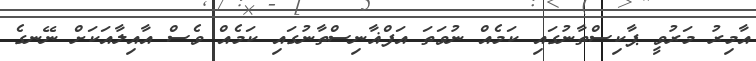
އާމިރު މަރުވީ ޕާކިސްތާނުގައި ކަމެއް ނުވަތަ އަފްޣާނިސްތާނުގައި ކަމެއް ވެސް އާއިލާއަކަށް ނޭނގެ